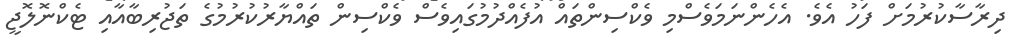
ދިރާސާކުރުމަށް ފަހު އެވެ. އެހެންނަމަވެސްމި ވެކްސިންތައް އުފެއްދުމުގައިވެސް ވެކްސިން ތައްޔާރުކުރުމުގެ ތަޖުރިބާއާއި ޓެކްނޮލޮޖީ